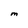
Character: M